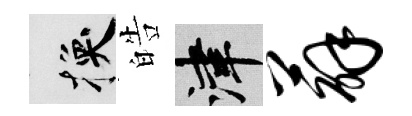
换皓津薜